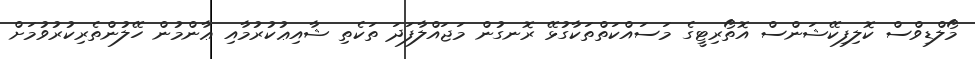
މޯލްޑިވްސް ކޮލިފިކޭޝަންސް އޮތޯރިޓީގެ މަސައްކަތްތަކާގުޅޭ ރޮނގުން މަޖައްލާފަދަ ތަކެތި ޝާއިޢުކުރުމާއި ޢާންމުން ހޭލުންތެރިކުރުވުމަށް